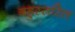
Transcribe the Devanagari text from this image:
बहुस्तरित